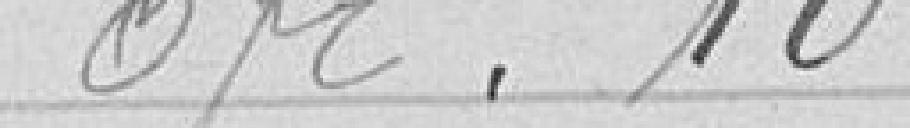
0 franc 10